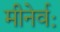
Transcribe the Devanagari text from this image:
मीनेर्वः